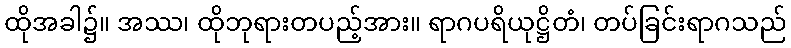
ထိုအခါ၌။ အဿ၊ ထိုဘုရားတပည့်အား။ ရာဂပရိယုဋ္ဌိတံ၊ တပ်ခြင်းရာဂသည်